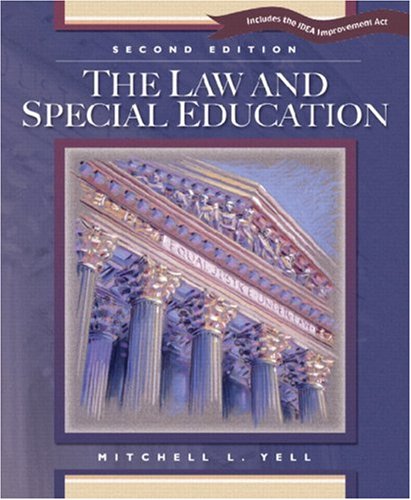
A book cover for The Law and Special Education: Includes the IDEA Improvement Act; Mitchell L. Yell; Law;